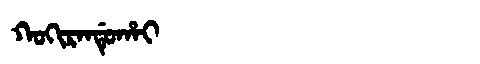
Manchu: ᡴᠣᡴᡳᡵᠠᠨᡩᡠᡥᠠᡳ
Romanization: KOKIRANDUHAI